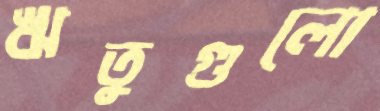
ঋতুগুলো